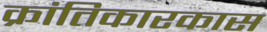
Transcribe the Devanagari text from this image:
क्रांतिकारकास